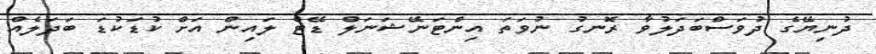
ދުނިޔޭގެ ދުވަސްބަދަލުވާ ރޮނގު ނުވަތަ އިންޓަނޭޝަނަލް ޑޭޓް ލައިން އަށް ކުޑަކުޑަ ބަދަލެއް